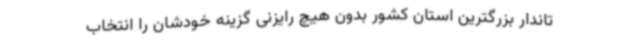
تاندار بزرگترین استان کشور بدون هیچ رایزنی گزینه خودشان را انتخاب